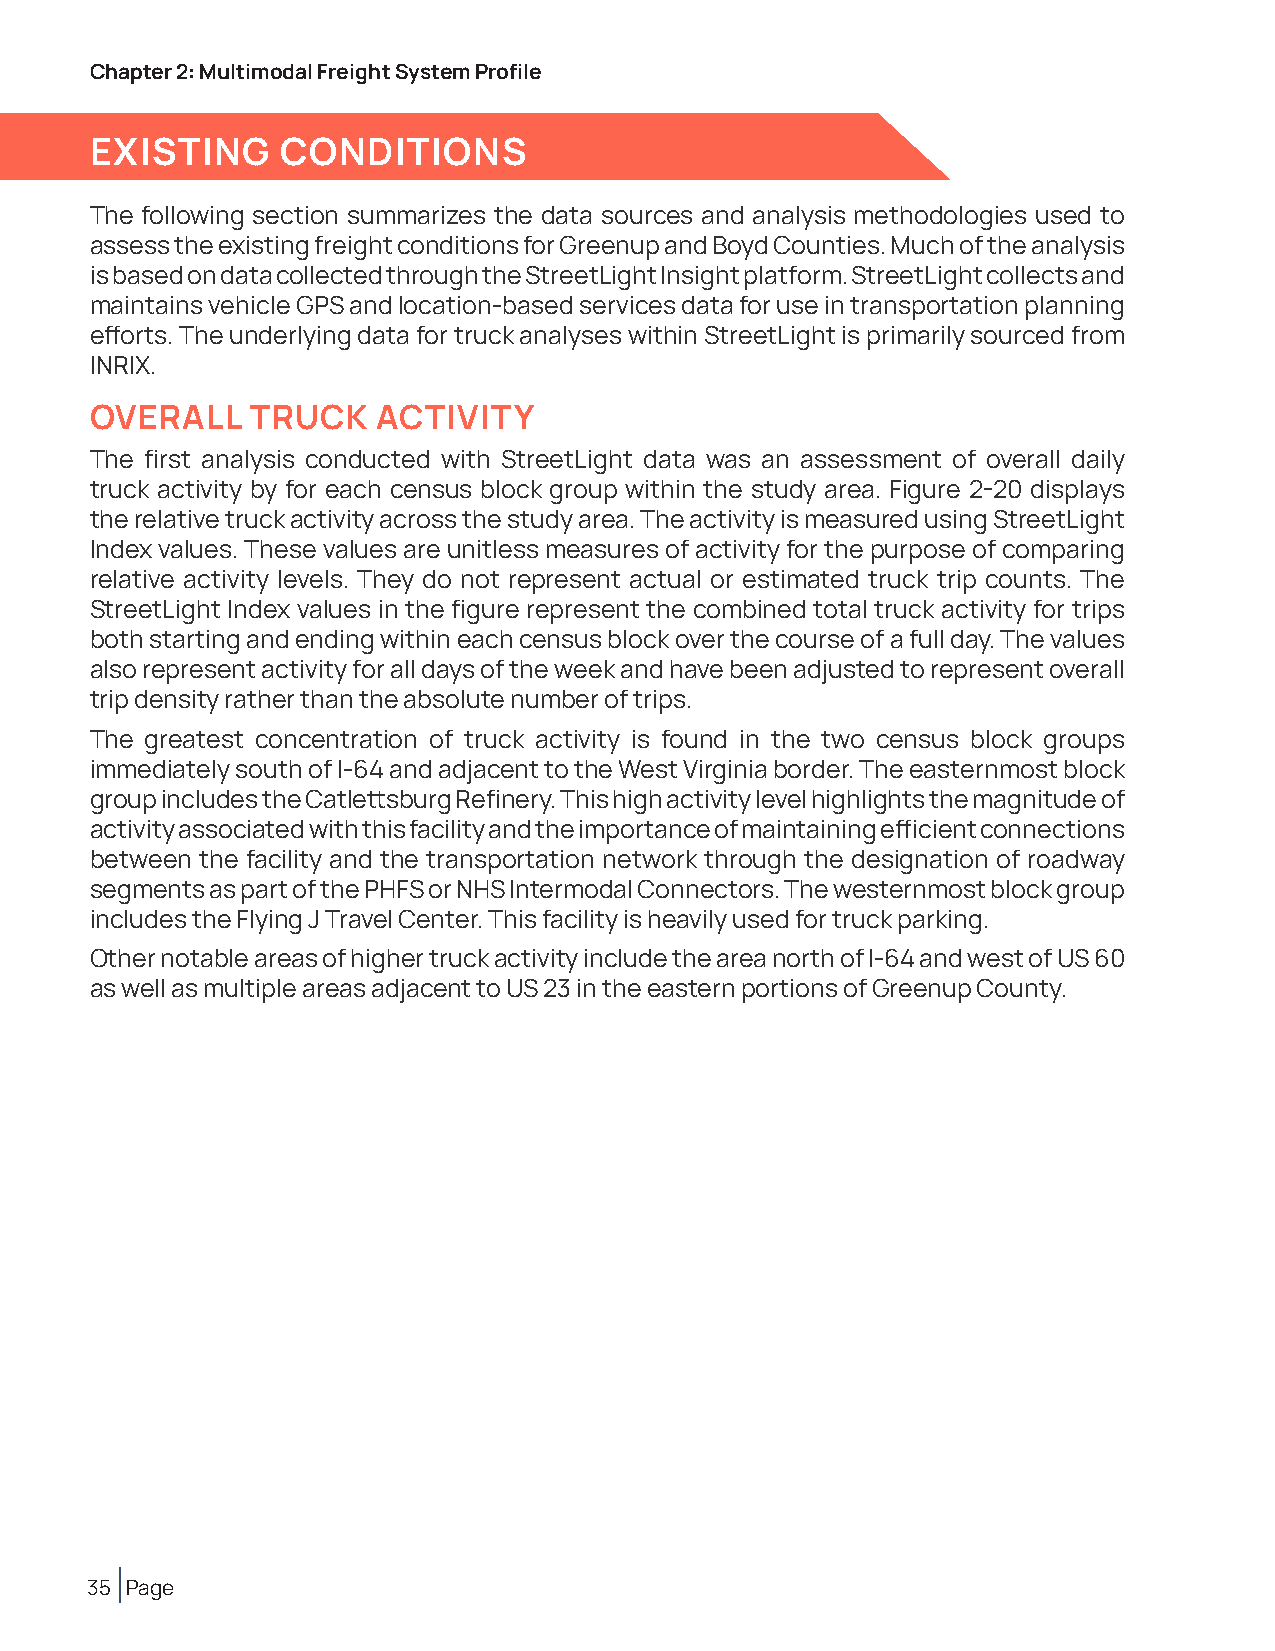
Chapter 2: Multimodal Freight System Profile
 EXISTING     CONDITIONS
 The following section summarizes the data sources and analysis methodologies used to
 assess the existing freight conditions for Greenup and Boyd Counties. Much of the analysis
 is based on data collected through the StreetLight Insight platform. StreetLight collects and
 maintains vehicle GPS and location-based services data for use in transportation planning
 efforts. The underlying data for truck analyses within StreetLight is primarily sourced from
 INRIX.
 OVERALL    TRUCK   ACTIVITY
 The first analysis conducted with StreetLight data was an assessment of overall daily
 truck activity by for each census block group within the study area. Figure 2-20 displays
 the relative truck activity across the study area. The activity is measured using StreetLight
 Index values. These values are unitless measures of activity for the purpose of comparing
 relative activity levels. They do not represent actual or estimated truck trip counts. The
 StreetLight Index values in the figure represent the combined total truck activity for trips
 both starting and ending within each census block over the course of a full day. The values
 also represent activity for all days of the week and have been adjusted to represent overall
 trip density rather than the absolute number of trips.
 The greatest concentration of truck activity is found in the two census block groups
 immediately south of I-64 and adjacent to the West Virginia border. The easternmost block
 group includes the Catlettsburg Refinery. This high activity level highlights the magnitude of
 activity associated with this facility and the importance of maintaining efficient connections
 between the facility and the transportation network through the designation of roadway
 segments as part of the PHFS or NHS Intermodal Connectors. The westernmost block group
 includes the Flying J Travel Center. This facility is heavily used for truck parking.
 Other notable areas of higher truck activity include the area north of I-64 and west of US 60
 as well as multiple areas adjacent to US 23 in the eastern portions of Greenup County.
 35 Page